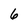
Character: 6